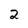
Character: 2